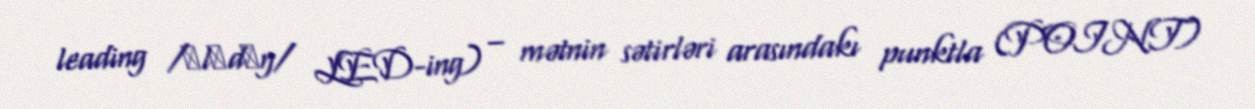
leading /ˈlɛdɪŋ/ LED-ing) – mətnin sətirləri arasındakı punktla (POINT)